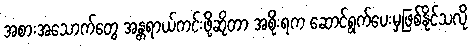
အစားအသောက်တွေ အန္တရာယ်ကင်းဖို့ဆိုတာ အစိုးရက ဆောင်ရွက်ပေးမှဖြစ်နိုင်သလို